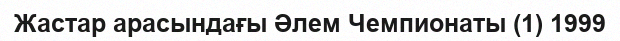
Жастар арасындағы Әлем Чемпионаты (1) 1999